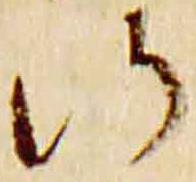
行